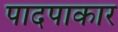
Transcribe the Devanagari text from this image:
पादपाकार